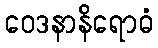
ဝေဒနာနိရောဓံ